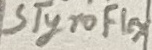
Text: STyroFlex